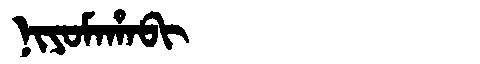
Manchu: ᠨᡳᠶᠣᠮᠠᡥᠠᠪᡳ
Romanization: NIYOMAHABI